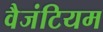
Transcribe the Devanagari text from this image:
वैजंटियम